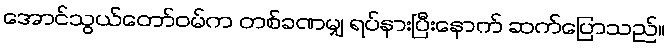
အောင်သွယ်တော်ဝမ်က တစ်ခဏမျှ ရပ်နားပြီးနောက် ဆက်ပြောသည်။